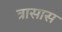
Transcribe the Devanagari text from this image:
त्रासास